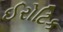
ઈરોટિક